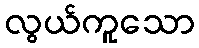
လွယ်ကူသော